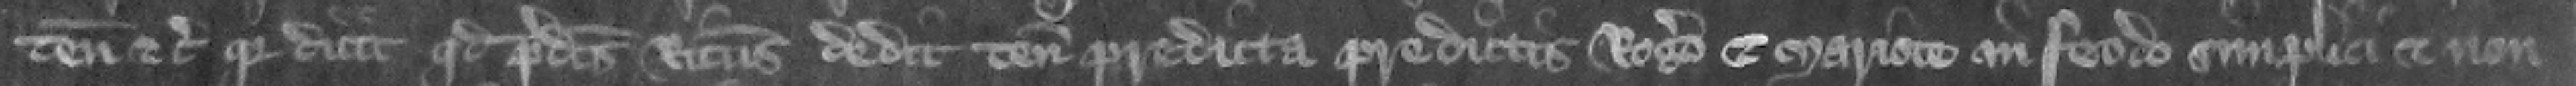
tenementis etc. quia dicit quod predictus Ricardus dedit tenementa predicta predictis Rogero et Mariote in feodo simplici et non